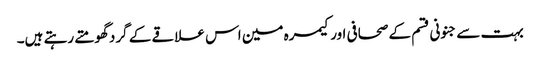
بہت سے جنونی قسم کے صحافی اور کیمرہ مین اس علاقے کے گرد گھومتے رہتے ہیں۔